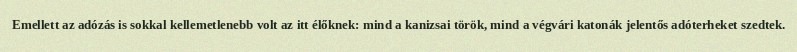
Emellett az adózás is sokkal kellemetlenebb volt az itt élőknek: mind a kanizsai török, mind a végvári katonák jelentős adóterheket szedtek.